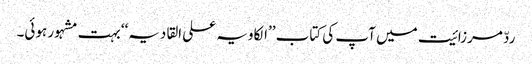
ردّ مرزائیت میں آپ کی کتاب ’’الکاویہ علی القادیہ‘‘ بہت مشہور ہوئی۔